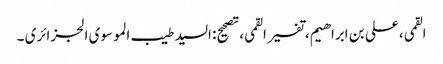
القمی، علی بن ابراهیم، تفسیر القمی، تصحیح: السید طیب الموسوی الجزائری ۔